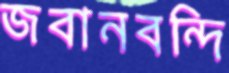
জবানবন্দি